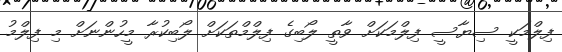
ފިލްމަކީ ސިޔާސީ ފިލްމަކަށް ވާތީ ލޯބިގެ ފިލްމްތަކަށް ލޯބިކުރާ މީހުންނަށް މި ފިލްމު